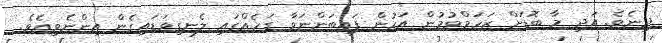
ދިނެވެ. އަދި މާ ބޮޑަށް ޒަހަމްވުމުން އަހުން ފައިބަންނަވާ ގަހެއްގައި ލެނގިވަޑައިގެން އިންނެވިއެވެ.